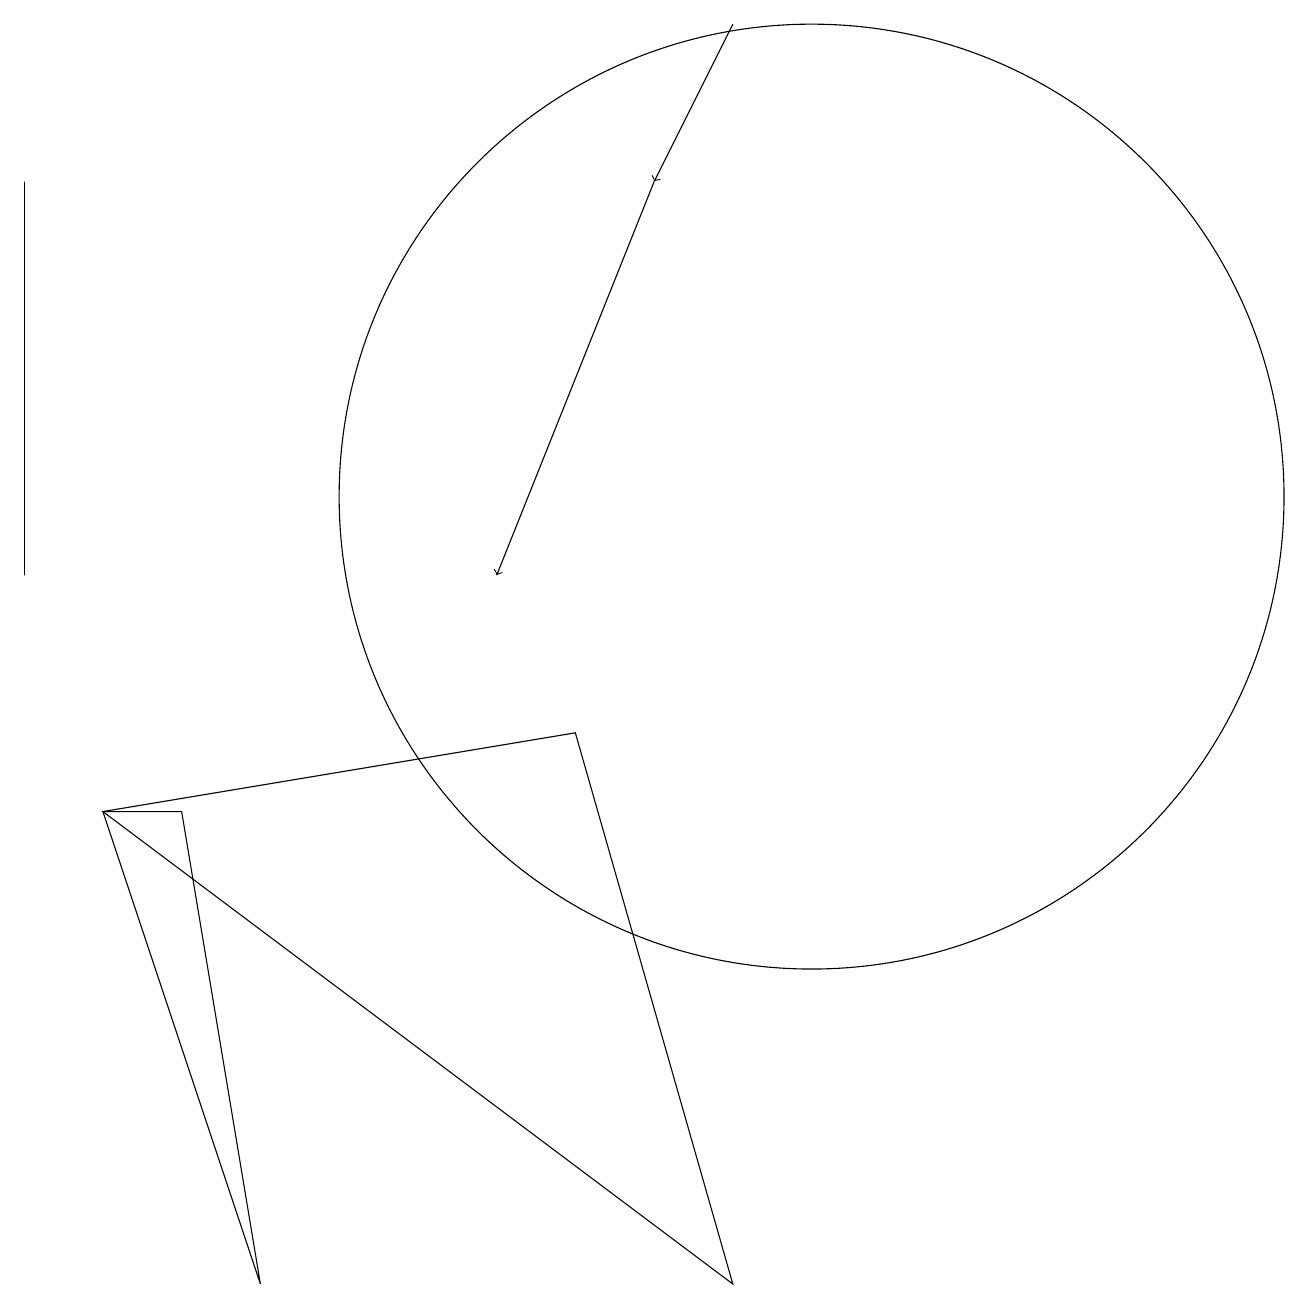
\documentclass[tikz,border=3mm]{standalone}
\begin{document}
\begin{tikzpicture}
\draw (3,2) -- (1,8) -- (2,8) -- cycle;
\draw (9,2) -- (7,9) -- (1,8) -- cycle;
\draw[->] (9,18) -- (8,16);
\draw (0,11) rectangle (0,16);
\draw[->] (8,16) -- (6,11);
\draw (10,12) circle (6);
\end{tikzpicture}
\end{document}